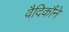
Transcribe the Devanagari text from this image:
वैदिकौंने